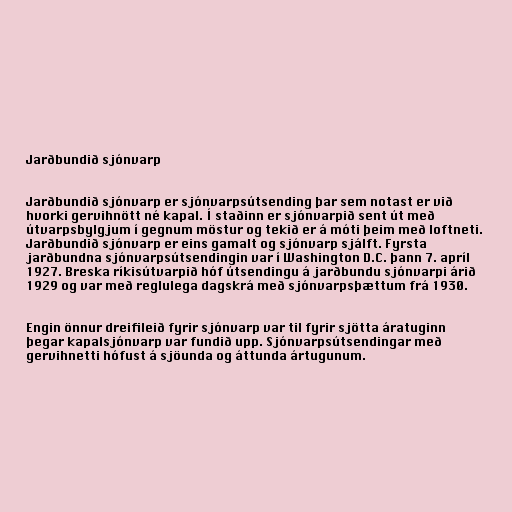
Jarðbundið sjónvarp

Jarðbundið sjónvarp er sjónvarpsútsending þar sem notast er við
hvorki gervihnött né kapal. Í staðinn er sjónvarpið sent út með
útvarpsbylgjum í gegnum möstur og tekið er á móti þeim með loftneti.
Jarðbundið sjónvarp er eins gamalt og sjónvarp sjálft. Fyrsta
jarðbundna sjónvarpsútsendingin var í Washington D.C. þann 7. apríl
1927. Breska ríkisútvarpið hóf útsendingu á jarðbundu sjónvarpi árið
1929 og var með reglulega dagskrá með sjónvarpsþættum frá 1930.

Engin önnur dreifileið fyrir sjónvarp var til fyrir sjötta áratuginn
þegar kapalsjónvarp var fundið upp. Sjónvarpsútsendingar með
gervihnetti hófust á sjöunda og áttunda ártugunum.